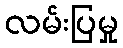
လမ်းပြမှု